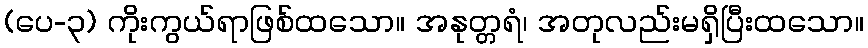
(ပေ-၃) ကိုးကွယ်ရာဖြစ်ထသော။ အနုတ္တရံ၊ အတုလည်းမရှိပြီးထသော။